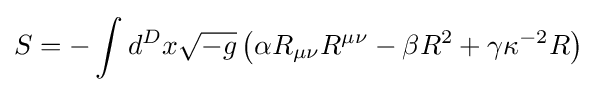
S=-\int d^{D}x{\sqrt {-g}}\left(\alpha R_{\mu \nu }R^{\mu \nu }-\beta R^{2}+\gamma \kappa ^{-2}R\right)